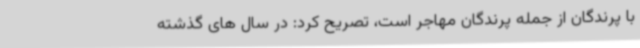
با پرندگان از جمله پرندگان مهاجر است، تصریح کرد: در سال های گذشته